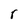
Character: r